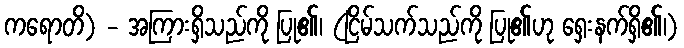
ကရောတိ) - အကြားရှိသည်ကို ပြု၏၊ (ငြိမ်သက်သည်ကို ပြု၏ဟု ရှေးနက်ရှိ၏၊)